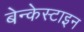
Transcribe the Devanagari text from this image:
बेन्केस्टाइन